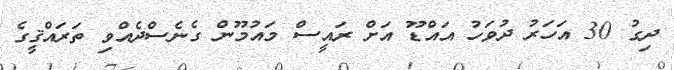
ދިގު 30 އަހަރު ދުވަހު އައްޑޫ އަށް ރައީސް މައުމޫން ގެނެސްދެއްވި ތަރައްޤީގެ